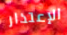
الإعتذار